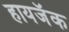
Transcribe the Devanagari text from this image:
हायजॅक